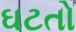
ઘટતો